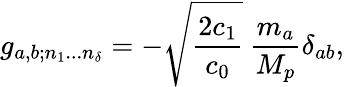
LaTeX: g_{a,b;n_{1}...n_{\delta}}=-\sqrt{\frac{2c_{1}}{c_{0}}}\: \frac{m_{a}}{M_{p}}\delta_{ab},